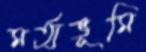
মর্ত্যভূমি